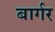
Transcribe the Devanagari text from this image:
बार्गर